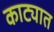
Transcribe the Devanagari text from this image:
काट्यात